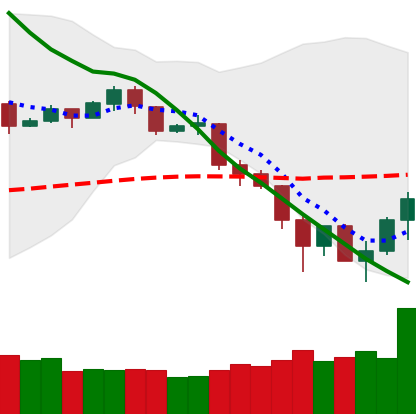
Ticker: TRX-USD
Chart end date: 2019-11-27
Forward return: -5.585%
Label: down_5_7